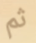
ثم